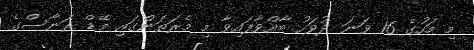
މި މަހުގެ 16 ވަނަ ދުވަހު ބާއްވާފައިވާ މި މެރަތަންގައި މޭޑް ރަނާސްގެ